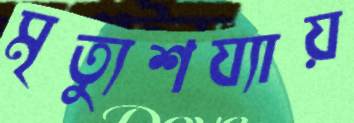
মৃত্যুশয্যায়